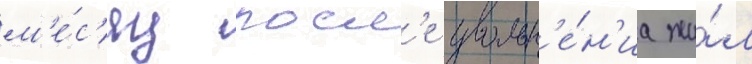
м'е́с'яц посл'е увольн'е́н'иа жи́л